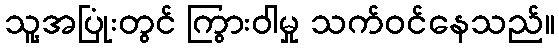
သူ့အပြုံးတွင် ကြွားဝါမှု သက်ဝင်နေသည်။